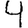
Digit: 4